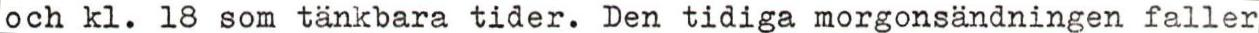
och kl. 18 som tänkbara tider. Den tidiga morgonsändningen faller